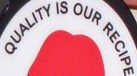
QUALITY IS OUR RECIPE